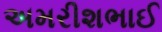
અમરીશભાઈ